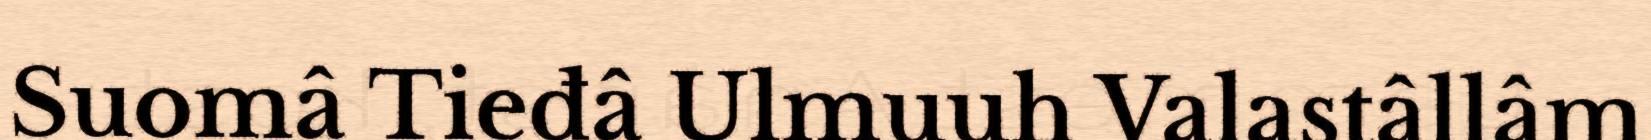
Suomâ Tieđâ Ulmuuh Valastâllâm